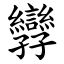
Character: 㝈